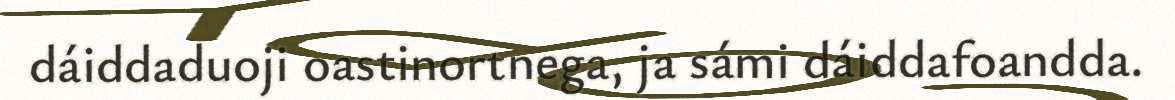
dáiddaduoji oastinortnega, ja sámi dáiddafoandda.